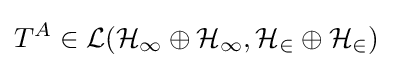
T^{A}\in {\mathcal {L(H_{1}\oplus H_{1},H_{2}\oplus H_{2})}}